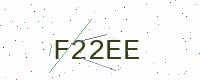
Text: F22EE